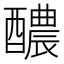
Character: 醲